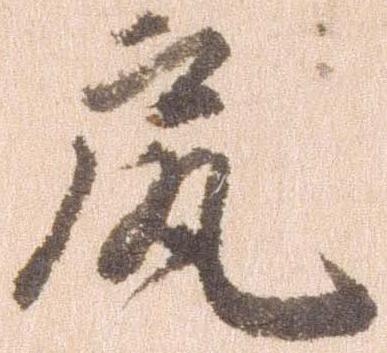
尻